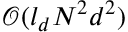
\mathcal { O } ( l _ { d } N ^ { 2 } d ^ { 2 } )